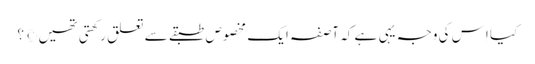
کیا اِس کی وجہ یہی ہے کہ آصفہ ایک مخصوص طبقے سے تعلق رکھتی تھیں ©؟